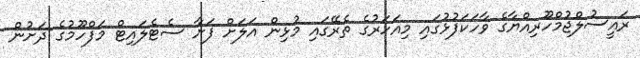
ރައީސުލްޖުމްހޫރިއްޔާގެ ވާހަކަފުޅުގައި މިއަހަރުގެ ތެރޭގައި މުޅިން އަލަށް ފަށާ ސެޓެލައިޓް މަފްހޫމުގެ ދަށުން